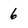
Character: 6